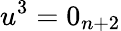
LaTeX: u^{3}=0_{n+2}